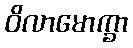
ဝိလာမောက္ခာ